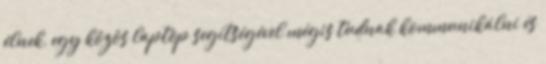
élnek, egy közös laptop segítségével mégis tudnak kommunikálni és